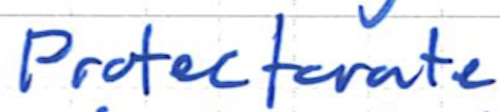
Text: Protectorate
Cross-out: clean
Writing tool: ballpoint